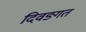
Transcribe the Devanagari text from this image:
दिवङ्गत